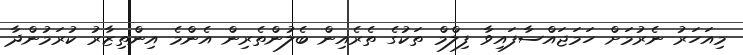
މިއަހަރު ނެރުމަށް ހަމަޖައްސާފައިވާ ފިލްމް ތަކުގެ ތެރެއިން ބެލުންތެރިން އެންމެ އިންތިޒާރު ކުރަމުންދާ